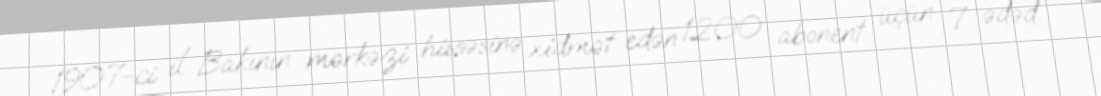
1907-ci il Bakının mərkəzi hissəsinə xidmət edən 1200 abonent üçün 7 ədəd